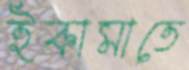
ইকামাতে